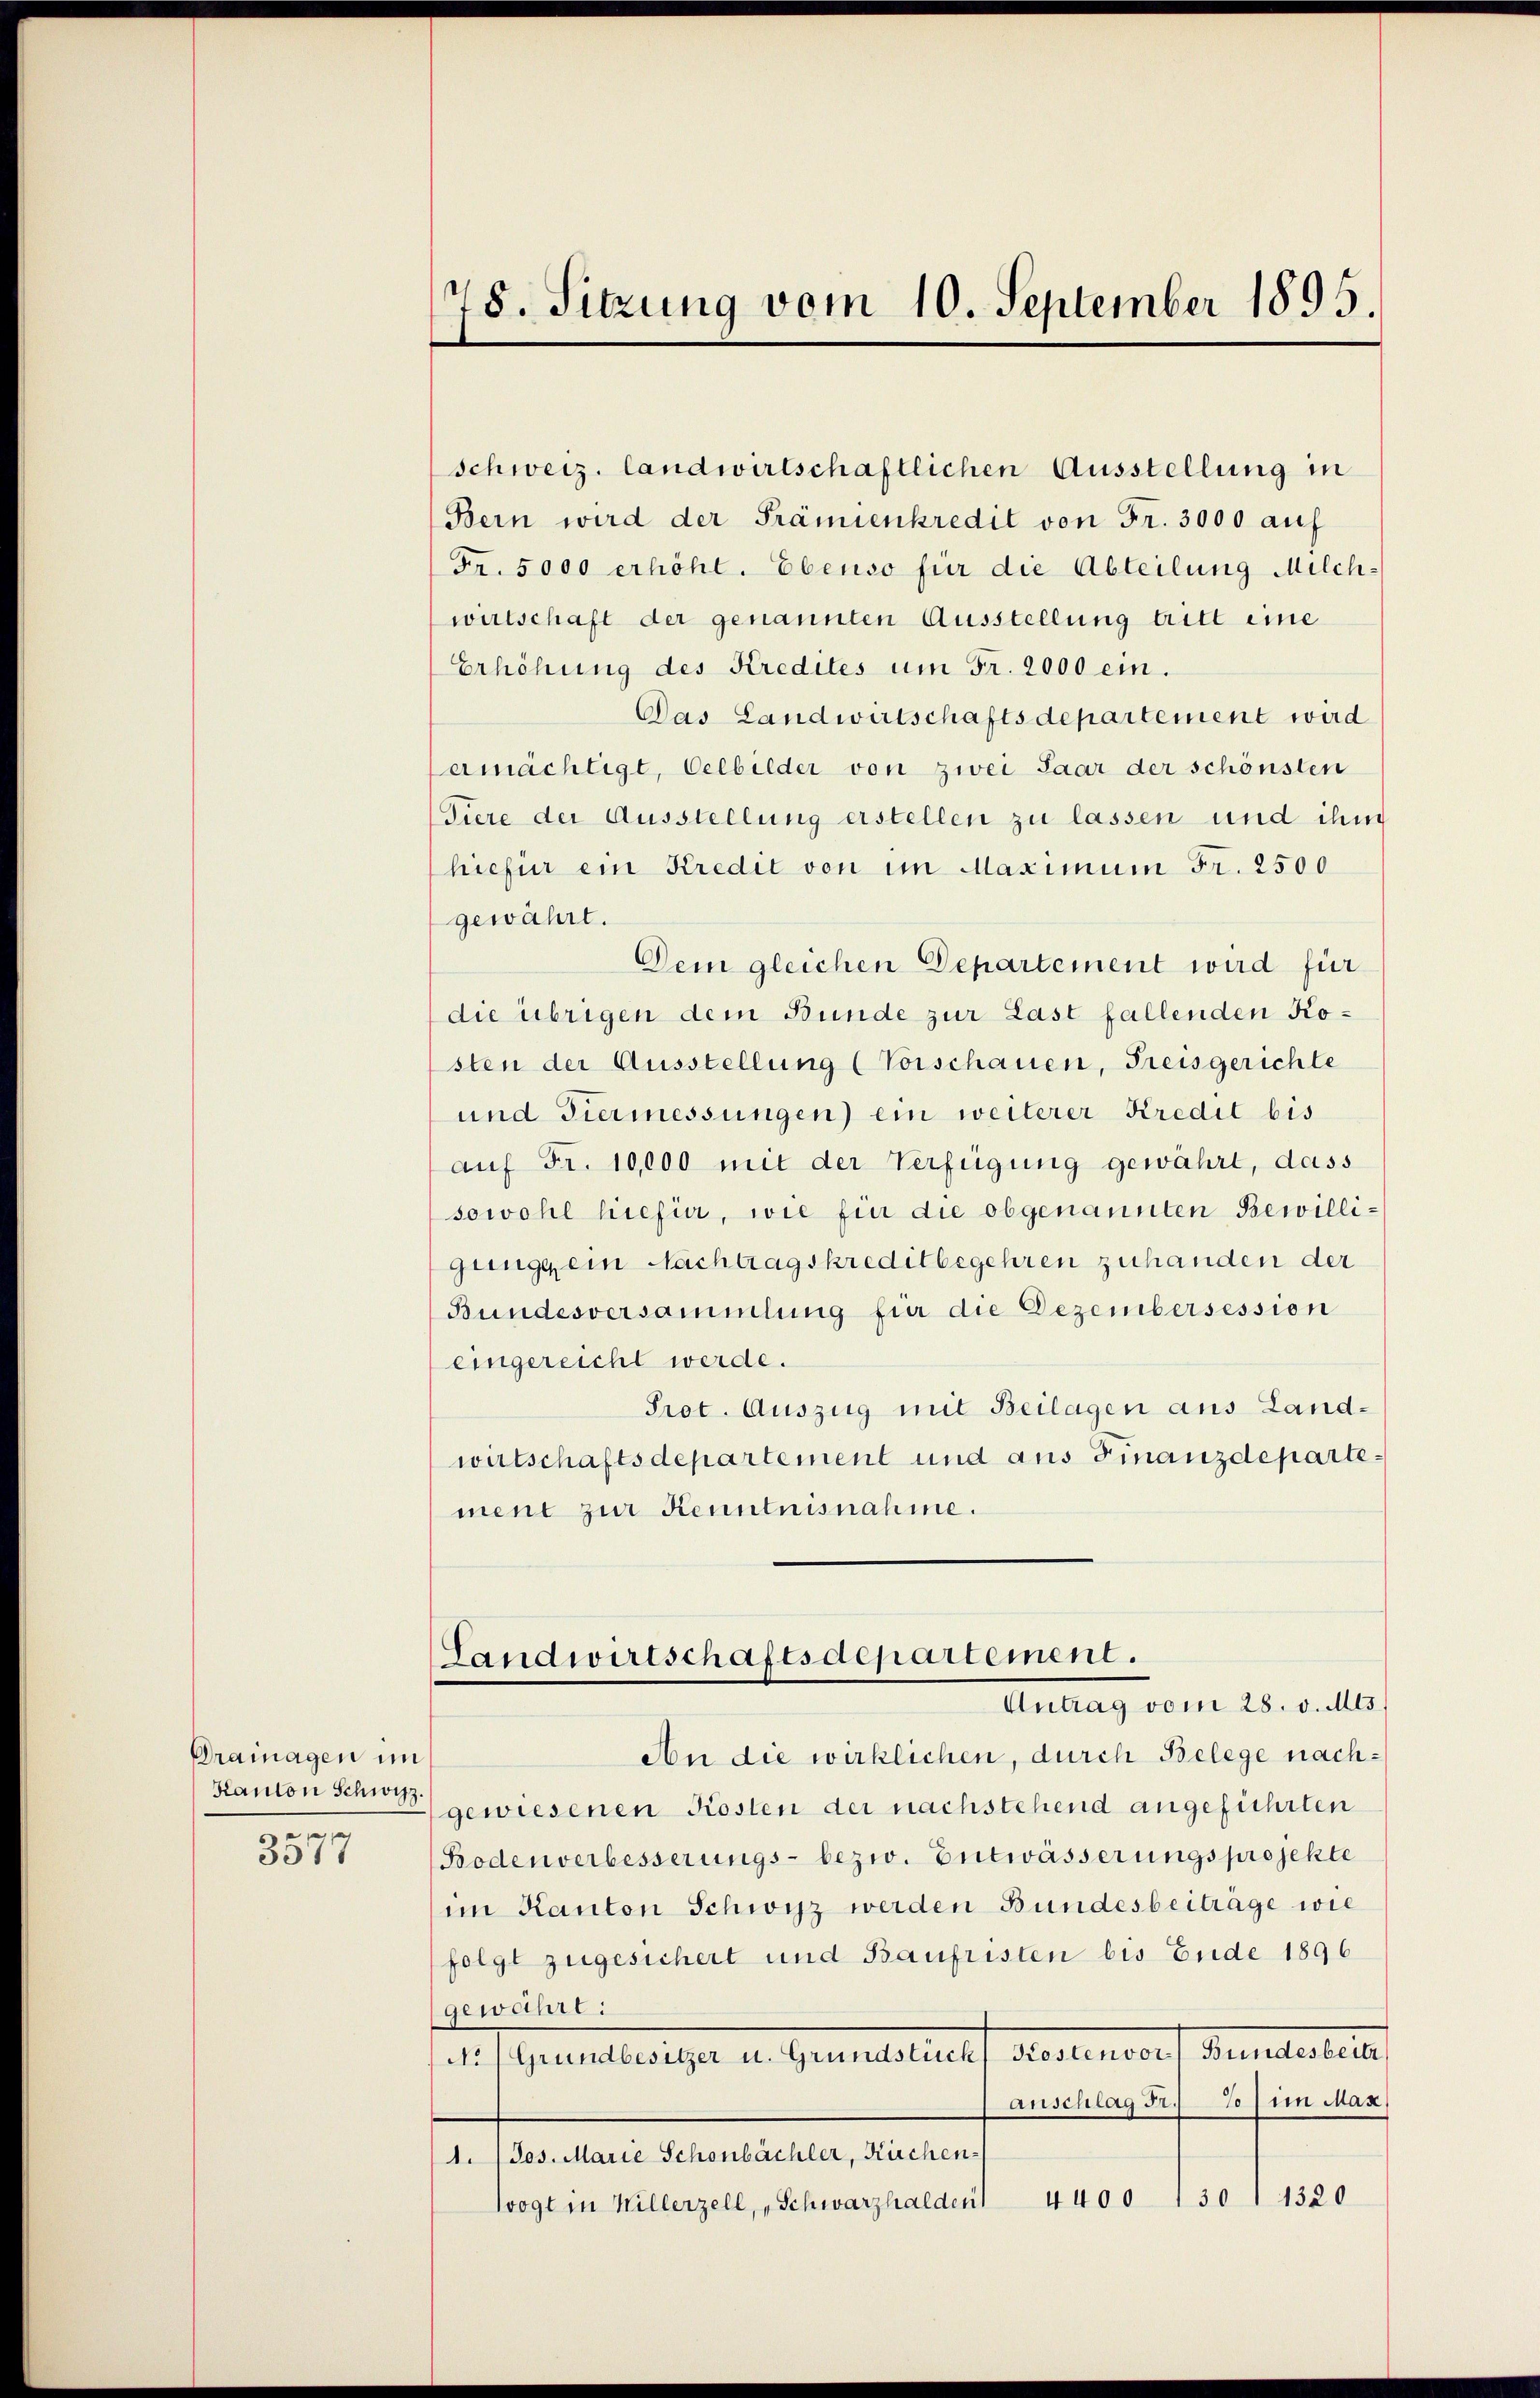
Drainagen im
Kanton Schwyz.
e

3011

schweiz. landwirtschaftlichen Ausstellung in
Bern wird der Prämienkredit von Fr. 3000 auf
Fr. 5000 erhöht. Ebenso für die Abteilung Milch-
wirtschaft der genannten Ausstellung tritt eine
Erhöhung des Kredites um Fr. 2000 ein.
Das Landwirtschaftsdepartement wird
ermächtigt, Oelbilder von zwei Paar der schönsten
Tiere der Ausstellung erstellen zu lassen und ihm
hiefür ein Kredit von im Maximum Fr. 2500
gewährt.
Dein gleichen Departement wird für
die übrigen dem Bunde zur Last fallenden Kosten der Ausstellung (Vorschauen, Freisgerichte
und Tiermessungen) ein weiterer Kredit bis
auf Fr. 10,000 mit der Verfügung gewährt, dass
sowohl hiefür, wie für die obgenannten Bewilligung ein Nachtragskreditbegehren zuhanden der
Bundesversammlung für die Dezembersession
eingereicht werde.
Prot. Auszug mit Beilagen aus Landwirtschaftsdepartement und aus Finanzdepartement zur Kenntnisnahme.
Landwirtschaftsdepartement.
Antrag vom 28. v. Mts.,
An die wirklichen, durch Belege nachgewiesenen Kosten der nachstehend angeführten
Bodenverbesserungs- bezw. Entwässerungsprojekte
im Kanton Schwyz werden Bundesbeiträge wie
folgt zugesichert und Baufristen bis Ende 1896
(gewähre:
a. Grundbesieger v. Gemmelstief Diesendorf Gemeinstitu
anschlag Fr. 70) im Max
1.1 Jos. Marie Schönbächler, Küchen
4400 1301 1320
Wogt in Willerzell, „Schwarzhalden

78. Sitzung vom 10. September 1895.